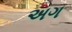
અગ